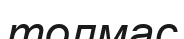
толмас